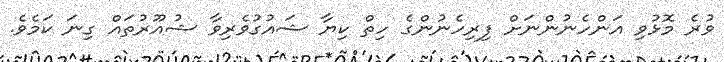
ވުރެ މޮޅުވި އަންހެނުންނަށް ފިރިހެނުންގެ ހިތް ކިޔާ ޝައުގުވެރިވާ ޝުއޫރުތައް ގިނަ ކަމެވެ.